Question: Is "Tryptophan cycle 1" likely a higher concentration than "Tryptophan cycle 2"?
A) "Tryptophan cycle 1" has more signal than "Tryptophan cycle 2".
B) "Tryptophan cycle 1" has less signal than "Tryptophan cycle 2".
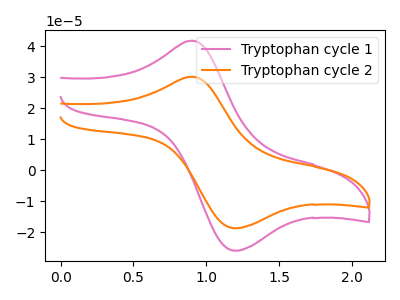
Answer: <think>The pink curve "Tryptophan cycle 1" has an anodic peak at (0.90V, 41.80uA) and a cathodic peak at (1.20V, -25.95uA). The orange curve "Tryptophan cycle 2" has an anodic peak at (0.90V, 30.15uA) and a cathodic peak at (1.20V, -18.75uA).
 All the peaks in "Tryptophan cycle 1" have a peak in "Tryptophan cycle 2" at the same potential. Every peak in "Tryptophan cycle 1" is higher than every peak in "Tryptophan cycle 2".</think>
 <answer>A) "Tryptophan cycle 1" has more signal than "Tryptophan cycle 2".</answer>
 <eval>A</eval>